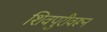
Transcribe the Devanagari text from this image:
शिवपुरीवरून